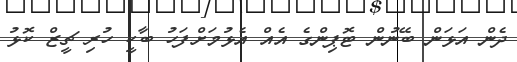
ދެން އަޅަން ބޭނުން ޓޮޕިންގެ އެއް އެޅުމަށްފަހު ބާކީ ހުރި ޗީޒް ކޮޅު